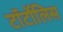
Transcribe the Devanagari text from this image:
टॉर्टोलिस